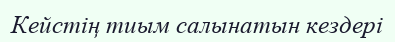
Кейстің тиым салынатын кездері